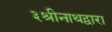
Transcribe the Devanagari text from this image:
३श्रीनाथद्वारा